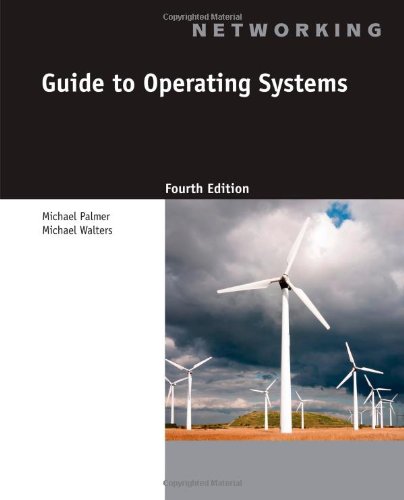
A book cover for Guide to Operating Systems; Michael Palmer; Computers & Technology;